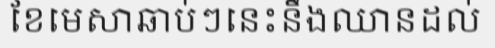
ខែមេសាឆាប់ៗនេះនឹងឈានដល់